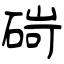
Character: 碋